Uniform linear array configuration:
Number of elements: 16
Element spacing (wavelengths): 1
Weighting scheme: uniform
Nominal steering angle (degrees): -60
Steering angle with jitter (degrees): -58.974
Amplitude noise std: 0.05
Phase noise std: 0.05

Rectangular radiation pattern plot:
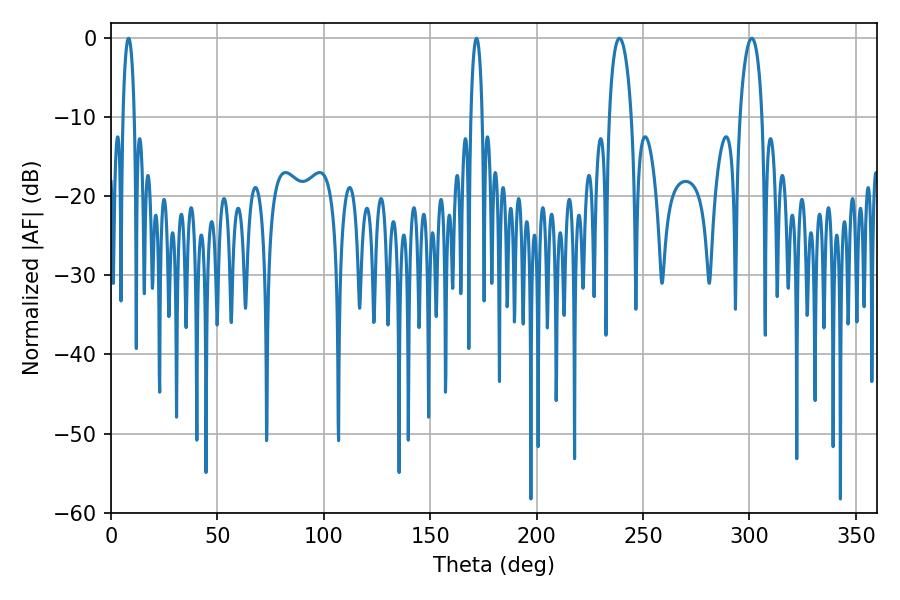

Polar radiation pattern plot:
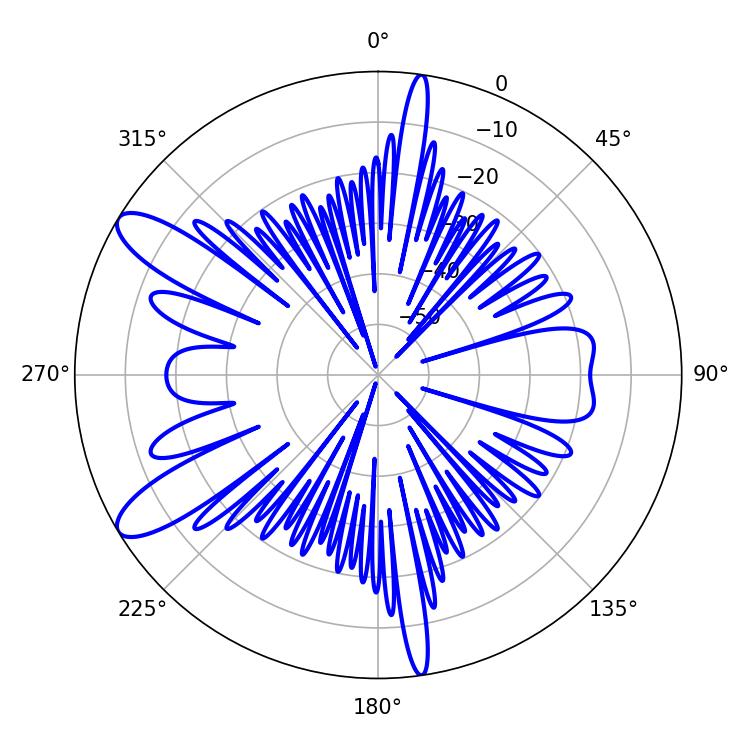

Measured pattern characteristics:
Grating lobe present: TRUE
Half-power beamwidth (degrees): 2.88
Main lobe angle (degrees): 8.28